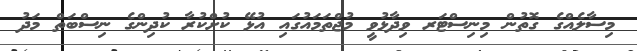
މިސާލެއްގެ ގޮތުން މިނިސްޓަރ ވިދާޅުވީ މުޖްތަމައުގައި އުޅޭ ކުށްކުރާ ކުދިންގެ ނިސްބަތް މަދު